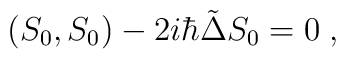
(S_0,S_0)-2i\hbar \tilde{\Delta} S_0=0\;,